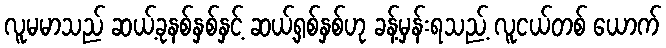
လူမမာသည် ဆယ့်ခုနစ်နှစ်နှင့် ဆယ့်ရှစ်နှစ်ဟု ခန့်မှန်းရသည့် လူငယ်တစ် ယောက်